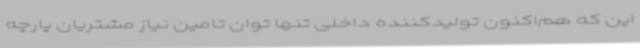
این که هم‌اکنون تولیدکننده داخلی تنها توان تامین نیاز مشتریان پارچه